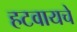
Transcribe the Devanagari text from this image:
हटवायचे